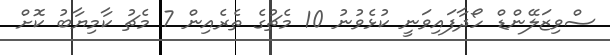
ސްވިޒަލޭންޑް ހޯދާފައިވަނީ ކުޅެވުނު 10 މެޗުގެ ތެރެއިން 7 މެޗު ކާމިޔާބު ކޮށް